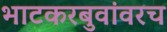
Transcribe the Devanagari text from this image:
भाटकरबुवांवरच